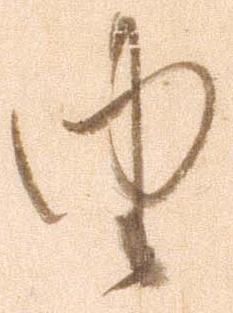
由